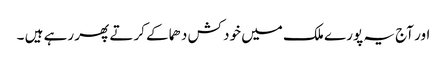
اور آج یہ پورے ملک میں خود کش دھماکے کرتے پھر رہے ہیں ۔